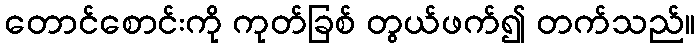
တောင်စောင်းကို ကုတ်ခြစ် တွယ်ဖက်၍ တက်သည်။